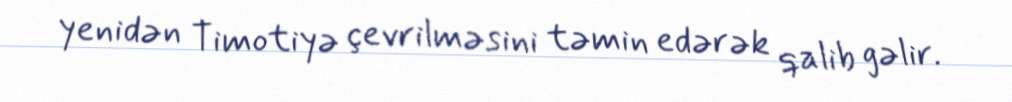
yenidən Timotiyə çevrilməsini təmin edərək qalib gəlir.